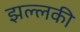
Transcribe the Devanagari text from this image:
झल्लकी